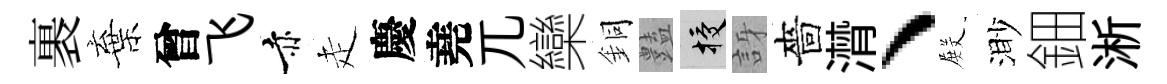
裹棄曾飞赤走慶堯兀欒銅𧰟授訝嗇潸、𭮺渺鈿淅